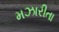
મઝારીતા